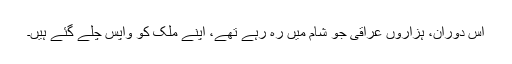
اس دوران، ہزاروں عراقی جو شام میں رہ رہے تھے، اپنے ملک کو واپس چلے گئے ہیں۔